Indian journal of veterinary science and animal husbandry - Volume 1,
Year: 1931
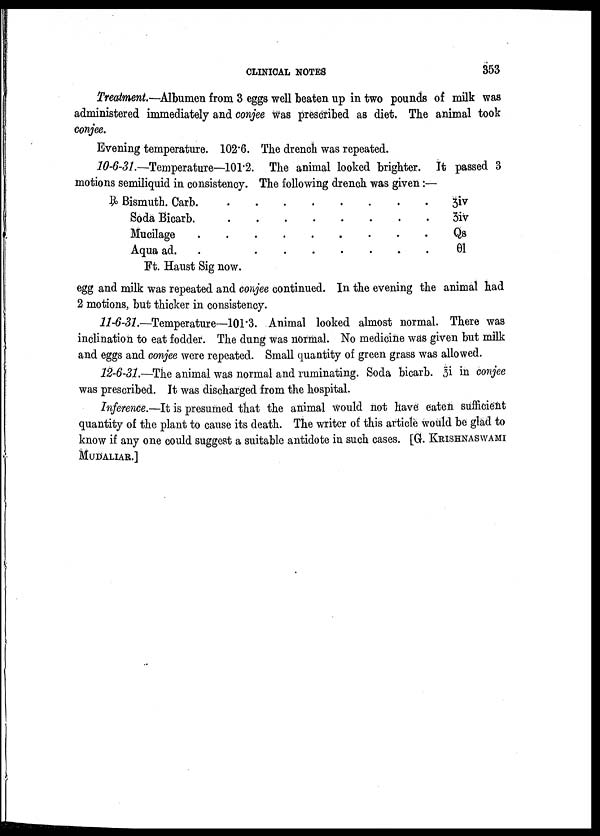
CLINICAL NOTES
353
Treatment.—Albumen from 3 eggs well beaten up in two pounds of milk was
administered immediately and conjee was prescribed as diet. The animal took
conjee.
Evening temperature. 102.6. The drench was repeated.
10-6-31.—Temperature—101.2. The animal looked brighter. It passed 3
motions semiliquid in consistency. The following drench was given:—
R Bismuth.Carb . . . . . . . .
Soda Bicarb . . . . . . . .
Mucilage. . . . . . . .
Aqua ad. . . . . . . . .
Зiv
Зiv
Qs
01
Ft. Haust Sig now.
egg and milk was repeated and conjee continued. In the evening the animal had
2 motions, but thicker in consistency.
11-6-31.—Temperature—101. 3. Animal looked almost normal. There was
inclination to eat fodder. The dung was normal. No medicine was given but milk
and eggs and conjee were repeated. Small quantity of green grass was allowed.
12-6-31.—The animal was normal and ruminating. Soda bicarb. 3i in conjee
was prescribed. It was discharged from the hospital.
Inference.—It is presumed that the animal would not have eaten sufficient
quantity of the plant to cause its death. The writer of this article would be glad to
know if any one could suggest a suitable antidote in such cases. [G. KRISHNASWAMI]
MUDALIAR.]